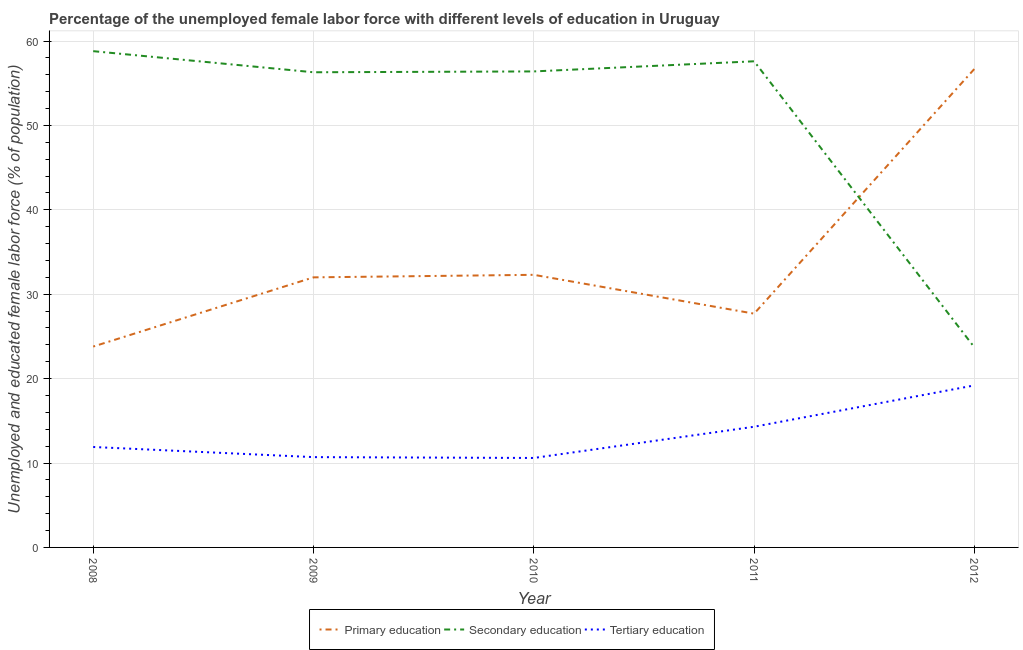
| Year | Primary education | Secondary education | Tertiary education |
 | --- | --- | --- | --- |
 | 2008 | 23.8 | 58.8 | 11.9 |
 | 2009 | 32 | 56.3 | 10.7 |
 | 2010 | 32.3 | 56.4 | 10.6 |
 | 2011 | 27.7 | 57.6 | 14.3 |
 | 2012 | 56.7 | 23.7 | 19.2 |